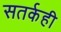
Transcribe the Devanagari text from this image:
सतर्कही